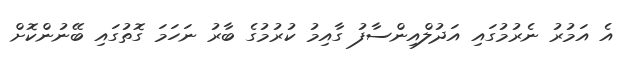
އެ އަމުރު ނެރުމުގައި އަދުލްއިންސާފު ގާއިމު ކުރުމުގެ ބާރު ނަހަމަ ގޮތުގައި ބޭނުންކޮށް